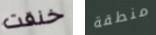
خنقت منطقة